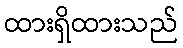
ထားရှိထားသည်